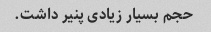
حجم بسیار زیادی پنیر داشت.